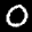
Label: 0